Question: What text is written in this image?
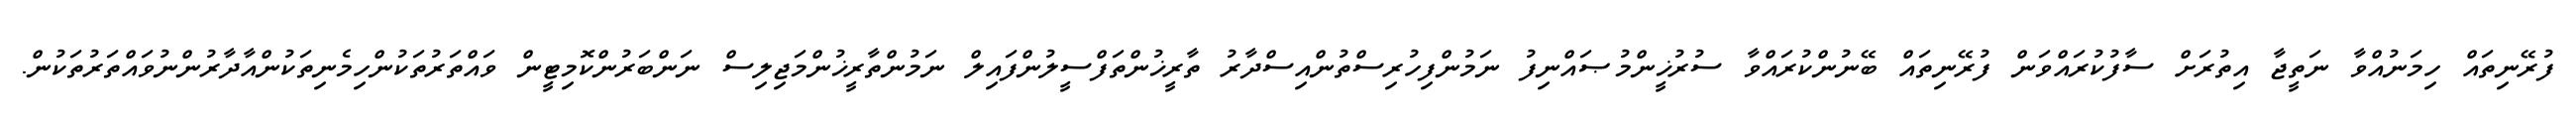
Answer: ފުރޭނިތައް ހިމަނުއްވާ ނަތީޖާ އިތުރަށް ސާފުކުރައްވަން ފުރޭނިތައް ބޭނުންކުރައްވާ ސުރުޚީންމުޞައްނިފު ނަމުންފިހުރިސްތުންއިސްދާރު ތާރީޚުންތަފްސީލުންފައިލް ނަމުންތާރީޚުންމަޖިލިސް ނަންބަރުންކޮމިޓީން ވައްތަރުތަކުންހިމެނިތަކުންއާދާރުންނުވައްތަރުތަކުން.